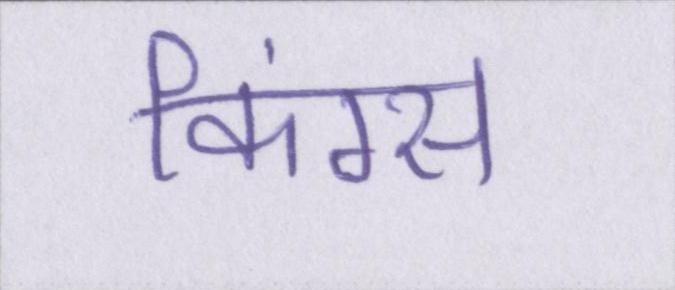
किंग्स